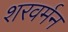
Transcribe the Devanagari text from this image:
शरवर्मन